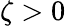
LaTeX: \zeta>0